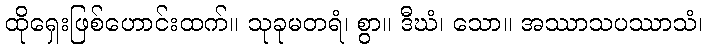
ထိုရှေးဖြစ်ဟောင်းထက်။ သုခုမတရံ၊ စွာ။ ဒီဃံ၊ သော။ အဿာသပဿာသံ၊